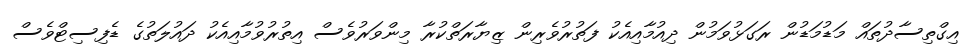
އިގްތިސާދުތައް މަޑުމަޑުން ރަގަޅުވަމުން ދިއުމާއިއެކު ފަތުރުވެރިން ޒިޔާރަތްކުރާ މިންވަރުވެސް އިތުރުވުމާއިއެކު ދައުލަތުގެ ޑެފިސިޓްވެސް